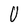
Character: U